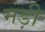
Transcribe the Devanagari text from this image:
मड़ी